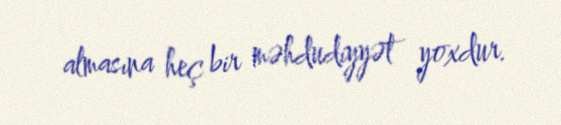
almasına heç bir məhdudiyyət yoxdur.